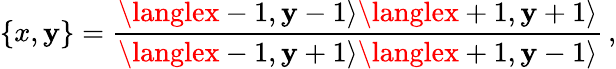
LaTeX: \{ x,\mathbf{y}\} =\frac{{\langlex-1,\mathbf{y}-1\rangle\langlex+1,\mathbf{y}+1\rangle}}{{\langlex-1,\mathbf{y}+1\rangle\langlex+1,\mathbf{y}-1\rangle}}\, ,